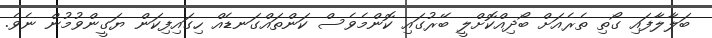
ބަލާލާފައި ގޯތި ތެރެއަށް ބޯދިއްކޮށްލީ ބޭރުގައި ކޮންމެވެސް ކަންތައްގަނޑެއް ހިގައިފިކަން ޔަގީންވުމުން ނެވެ.